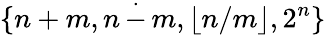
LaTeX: \{ n+m,n\, {\stackrel{.}{-}}\, m,\lfloor n/m\rfloor,2^{n}\}